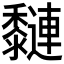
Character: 𪐍